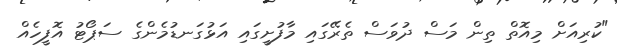
"ކުރިއަށް މިއޮތް ތިން މަސް ދުވަސް ތެރޭގައި މާފުށީގައި އަޅުގަނޑުމެންގެ ސަޕޯޓު އޮފީހެއް